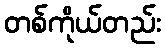
တစ်ကိုယ်တည်း